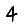
Digit: 4